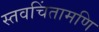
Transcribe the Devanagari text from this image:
स्तवचिंतामणि